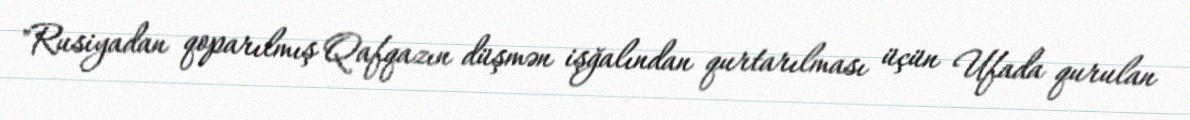
"Rusiyadan qoparılmış Qafqazın düşmən işğalından qurtarılması üçün Ufada qurulan